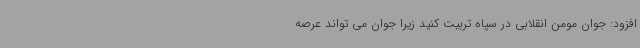
افزود: جوان مومن انقلابی در سپاه تربیت کنید زیرا جوان می تواند عرصه